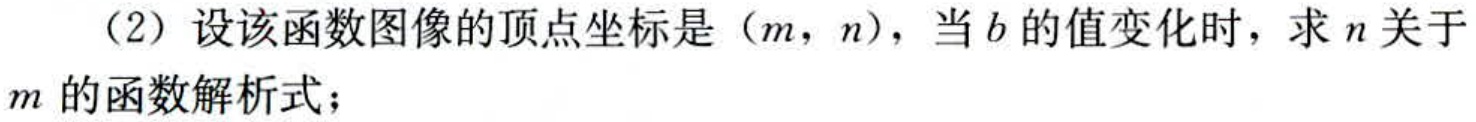
（2）设该函数图像的顶点坐标是（$m$，$n$），当$b$的值变化时，求$n$关于$m$的函数解析式；